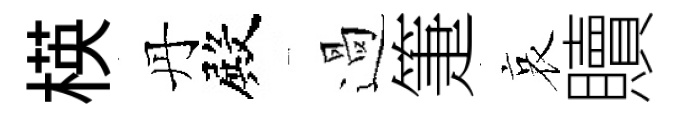
楧丹殿過箑哀贖